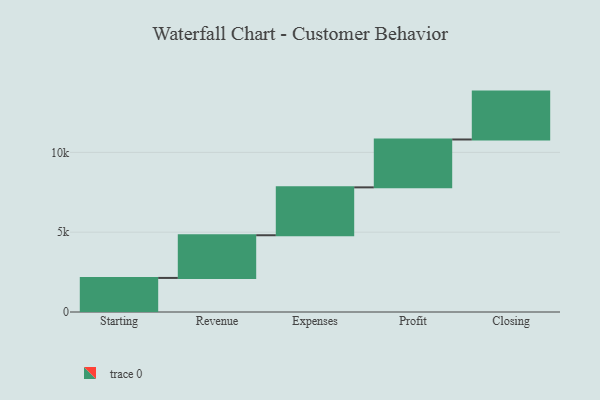
{"axis": {"x": "Step", "y": "Value"}, "legend": [""], "data": [{"x": "Starting", "y": 2135.0, "type": ""}, {"x": "Revenue", "y": 2675.0, "type": ""}, {"x": "Expenses", "y": 3000, "type": ""}, {"x": "Profit", "y": 3000, "type": ""}, {"x": "Closing", "y": 3000, "type": ""}]}